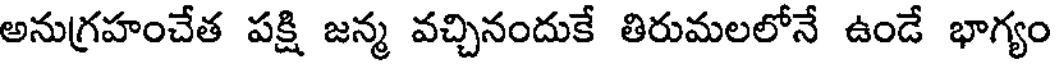
అనుగ్రహంచేత పక్షి జన్మ వచ్చినందుకే తిరుమలలోనే ఉండే భాగ్యం